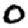
Digit: 0